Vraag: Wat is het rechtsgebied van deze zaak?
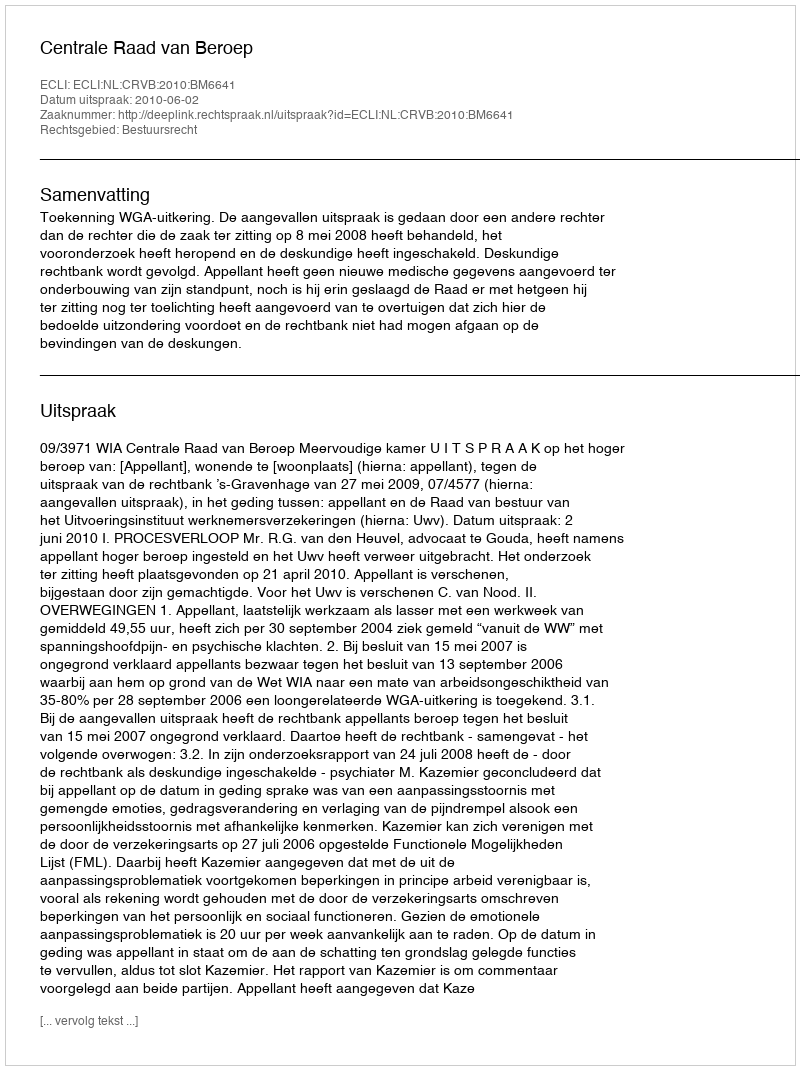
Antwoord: Bestuursrecht